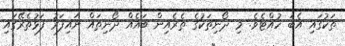
ތަކުގައި އެބަ ހުއްޓެވެ. މި ދޯނިތަކުގެ ތެރެއިން ބައެއް ދޯނިތައް ނައިފަރު ފަޅުތެރޭގައި